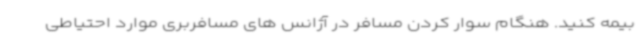
بیمه کنید. هنگام سوار کردن مسافر در آژانس های مسافربری موارد احتیاطی